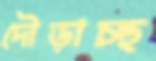
দৌড়াচ্ছ